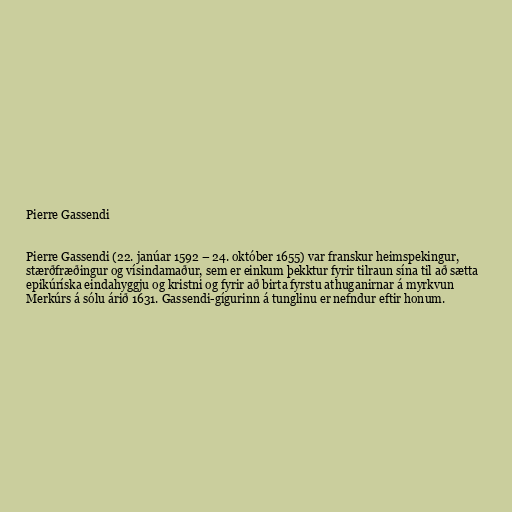
Pierre Gassendi

Pierre Gassendi (22. janúar 1592 – 24. október 1655) var franskur heimspekingur,
stærðfræðingur og vísindamaður, sem er einkum þekktur fyrir tilraun sína til að sætta
epikúríska eindahyggju og kristni og fyrir að birta fyrstu athuganirnar á myrkvun
Merkúrs á sólu árið 1631. Gassendi-gígurinn á tunglinu er nefndur eftir honum.